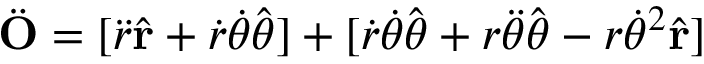
{ \ddot { \mathbf { O } } } = [ { \ddot { r } } { \hat { \mathbf { r } } } + { \dot { r } } { \dot { \theta } } { \hat { \boldsymbol { \theta } } } ] + [ { \dot { r } } { \dot { \theta } } { \hat { \boldsymbol { \theta } } } + r { \ddot { \theta } } { \hat { \boldsymbol { \theta } } } - r { \dot { \theta } } ^ { 2 } { \hat { \mathbf { r } } } ]